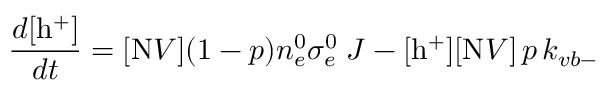
\frac { d [ \mathrm { h ^ { + } } ] } { d t } = [ \mathrm { N } V ] ( 1 - p ) n _ { e } ^ { 0 } \sigma _ { e } ^ { 0 } \; J - [ \mathrm { h ^ { + } } ] [ \mathrm { N } V ] \, p \, k _ { v b - }